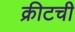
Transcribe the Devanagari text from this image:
क्रीटची